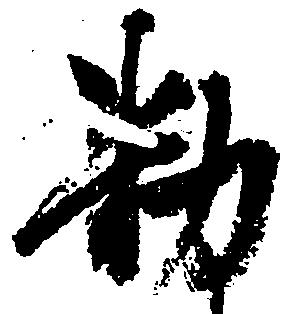
勅